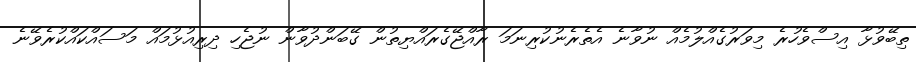
ތިބޭވުޅާ އިސްވެހުރެ މިވަރުގެއްލުމެއް ނުވާނެ އެތެރެނުކުރިނަމަ ރާއްޖޭގެރައްޔިތުން ގޭބަންދުވާން ނުޖެހި ދިރިއުޅުމައް މަސައްކައްކުރެވޭނެ